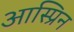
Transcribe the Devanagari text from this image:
आस्प्रिन